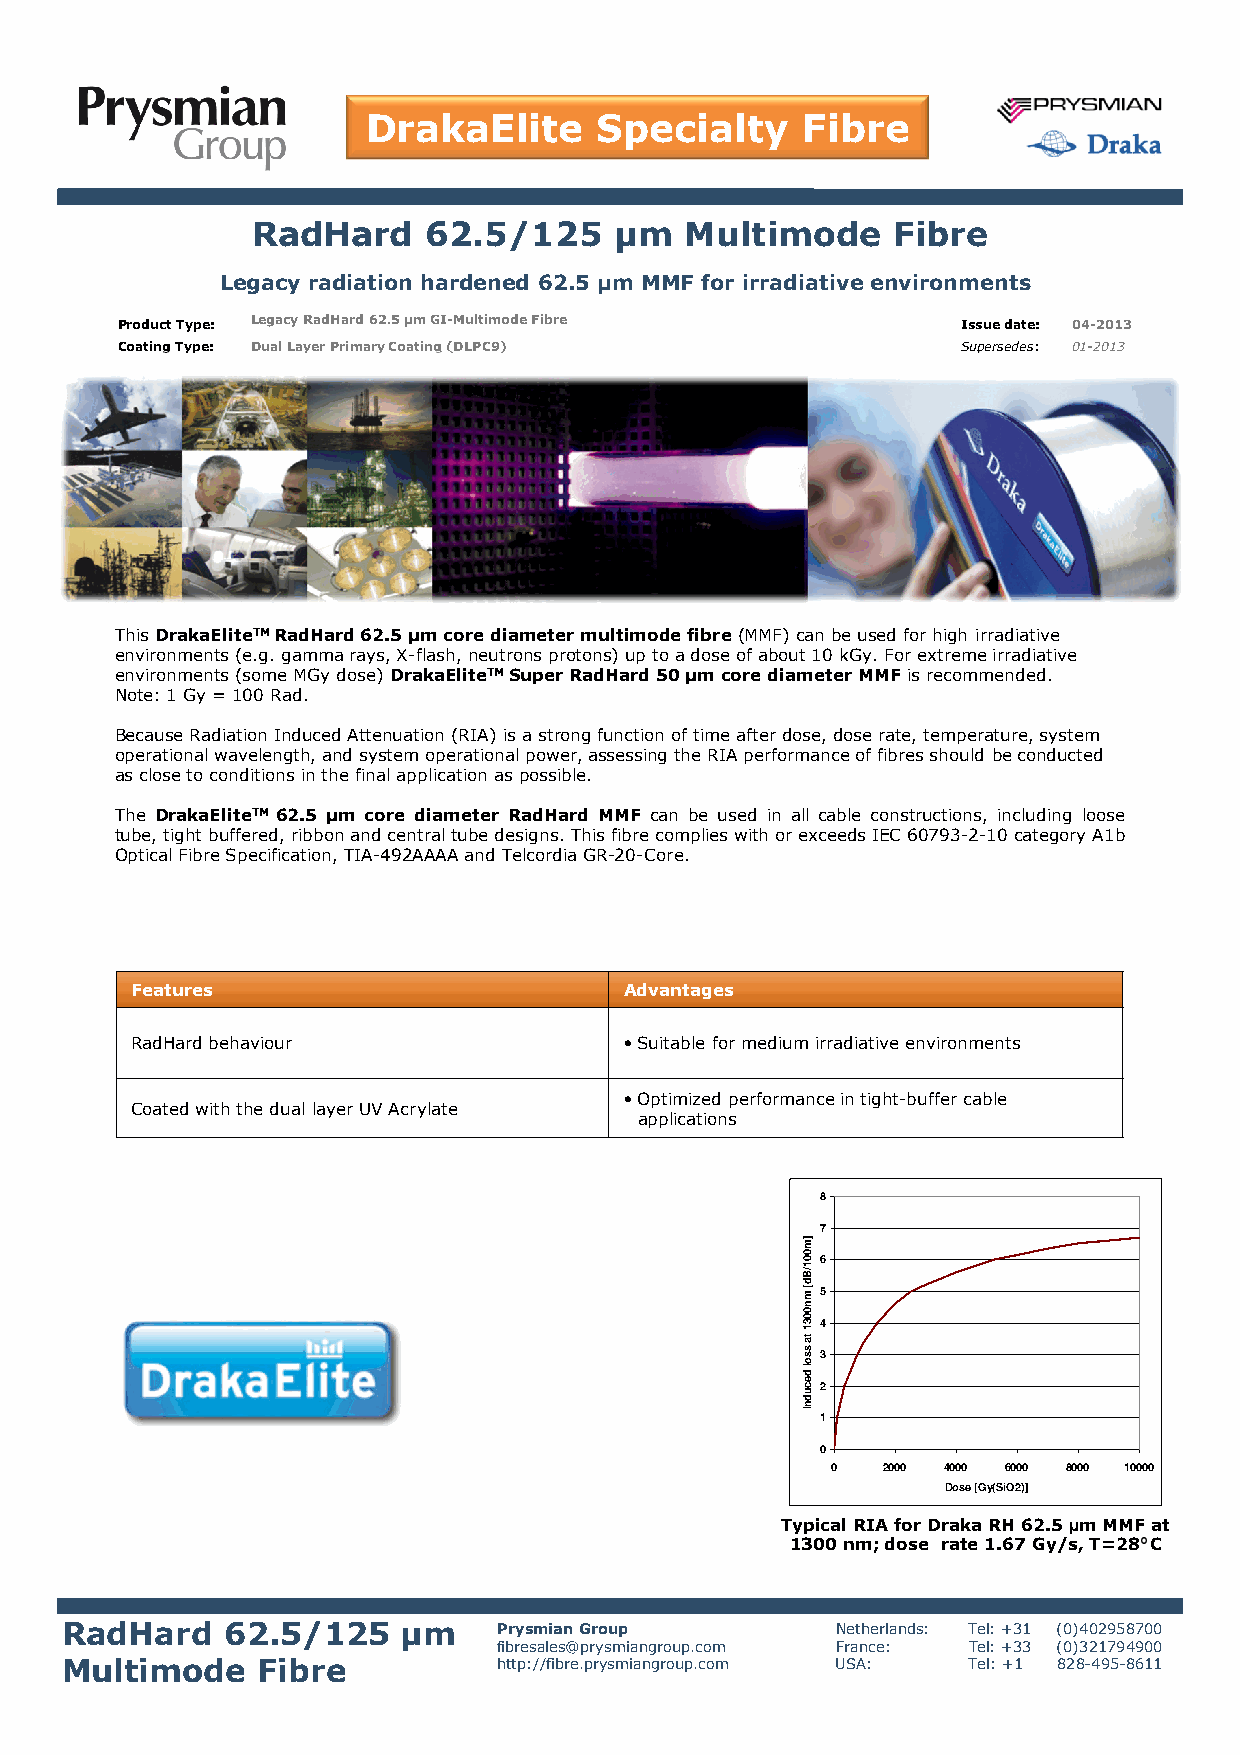
DrakaElite      Specialty    Fibre
 RadHard    62.5/125     µm  Multimode     Fibre
 Legacy radiation hardened 62.5 µm MMF for irradiative environments
 Product Type: LegacyRadHard 62.5 µm GI-Multimode Fibre  Issue date: 04-2013
 Coating Type: Dual Layer Primary Coating (DLPC9)        Supersedes: 01-2013
 This DrakaEliteTM RadHard 62.5 µm core diameter multimode fibre (MMF) can be used for high irradiative
 environments (e.g. gamma rays, X-flash, neutrons protons) up to a dose of about 10 kGy. For extreme irradiative
 environments (some MGy dose) DrakaEliteTM Super RadHard 50 µm core diameter MMF is recommended.
 Note: 1 Gy = 100 Rad.
 Because Radiation Induced Attenuation (RIA) is a strong function of time after dose, dose rate, temperature, system
 operational wavelength, and system operational power, assessing the RIA performance of fibres should be conducted
 as close to conditions in the final application as possible.
 The DrakaEliteTM62.5 µm core diameter RadHard MMF can be used in all cable constructions, including loose
 tube,tightbuffered,ribbonandcentraltubedesigns.ThisfibrecomplieswithorexceedsIEC60793-2-10categoryA1b
 OpticalFibreSpecification,TIA-492AAAAandTelcordiaGR-20-Core.
 Features                        Advantages
 RadHard behaviour               •Suitable for medium irradiative environments
 •Optimized performance in tight-buffer cable
 Coated with the dual layer UV Acrylate
 applications
 8
 7
 6
 5
 4
 3
 2
 1
 0
 0  2000 4000 6000 8000 10000
 Dose [Gy(SiO2)]
 Typical RIA for Draka RH 62.5 µm MMF at
 1300 nm; dose rate 1.67 Gy/s, T=28°C
 RadHard    62.5/125    µm    PrysmianGroup         Netherlands: Tel: +31 (0)402958700
 fibresales@prysmiangroup.com France: Tel: +33 (0)321794900
 Multimode    Fibre           http://fibre.prysmiangroup.com USA: Tel: +1 828-495-8611
 ]m001/Bd[
 mn0031
 ta
 ssol
 decudnI